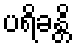
ပရိခန္တိ